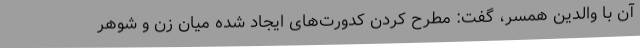
آن با والدین همسر، گفت: مطرح کردن کدورت‌های ایجاد شده میان زن و شوهر